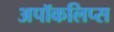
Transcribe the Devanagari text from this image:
अपॉकलिप्स